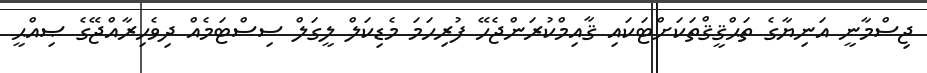
ޖިސްމާނީ އަނިޔާގެ ތަޙްޤީޤްތަކަށްޓަކައި ޤާއިމްކުރަންޖެހޭ ފުރިހަމަ މެޑިކަލް ލީގަލް ސިސްޓަމެއް ދިވެހިރާއްޖޭގެ ޞިއްޙީ